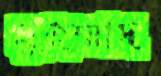
মুহম্মাদ